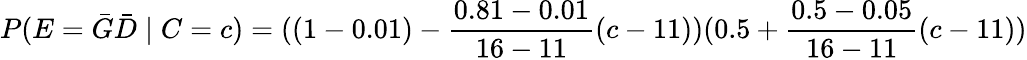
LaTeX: P(E={\bar{G}}{\bar{D}}\mid C=c)=((1-0.01)-{\frac{0.81-0.01}{16-11}}(c-11))(0.5+{\frac{0.5-0.05}{16-11}}(c-11))